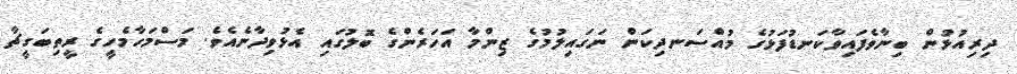
ދިރިއުޅުން ބިނާވެފައިވާކަނޑުފަޅުގެ މުއްސަނދިކަން ނަގައިލުމުގެ ޒިންމާ އަހަރެންގެ ބޮލުގައި އެޅުވިދާނެއެވެ. މަސްމަހާމެހީގެ ރީތިބަގީޗާ